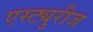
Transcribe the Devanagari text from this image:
एस्ट्युरीज